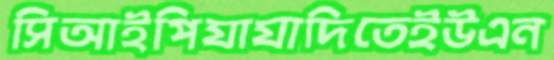
সিআইপিযাযাদিতেইউএন